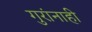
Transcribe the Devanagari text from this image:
गुरांनाही